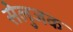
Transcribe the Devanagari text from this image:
सेलुजक